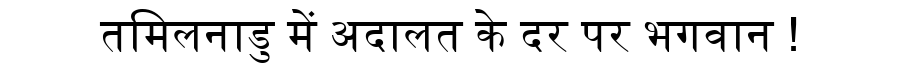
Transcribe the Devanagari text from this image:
तमिलनाडु में अदालत के दर पर भगवान !